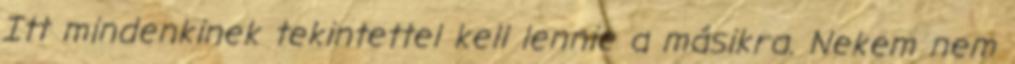
Itt mindenkinek tekintettel kell lennie a másikra. Nekem nem